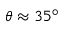
\theta \approx 3 5 ^ { \circ }